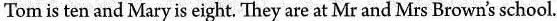
Tom is ten and Mary is eight. They are at Mr and Mrs Brown's school.